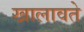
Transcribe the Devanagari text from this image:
खालावते